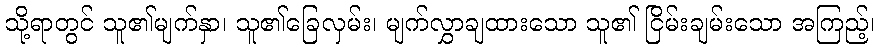
သို့ရာတွင် သူ၏မျက်နှာ၊ သူ၏ခြေလှမ်း၊ မျက်လွှာချထားသော သူ၏ ငြိမ်းချမ်းသော အကြည့်၊